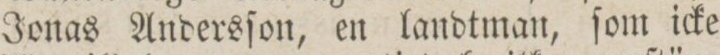
Jonas Andersſon, en landtman, ſom icke